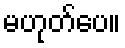
မဟုတ်ပေ။